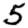
Digit: 5